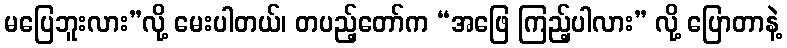
မပြေဘူးလား”လို့ မေးပါတယ်၊ တပည့်တော်က “အဖြေ ကြည့်ပါလား” လို့ ပြောတာနဲ့